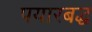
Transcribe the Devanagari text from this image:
पयारबद्ध